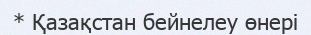
* Қазақстан бейнелеу өнері